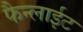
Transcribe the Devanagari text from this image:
फैन्लाईट